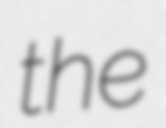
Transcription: the